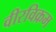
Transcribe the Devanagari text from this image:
वीरविक्रम